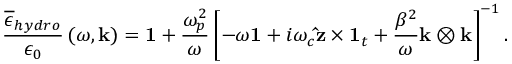
\frac { \overline { { \epsilon } } _ { h y d r o } } { \epsilon _ { 0 } } \left( \omega , \mathbf { k } \right) = \mathbf { 1 } + \frac { \omega _ { p } ^ { 2 } } { \omega } \left[ - \omega \mathbf { 1 } + i \omega _ { c } \mathbf { \hat { z } } \times \mathbf { 1 } _ { t } + \frac { \beta ^ { 2 } } { \omega } \mathbf { k } \otimes \mathbf { k } \right] ^ { - 1 } .